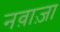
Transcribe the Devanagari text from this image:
नव़ाज़ा